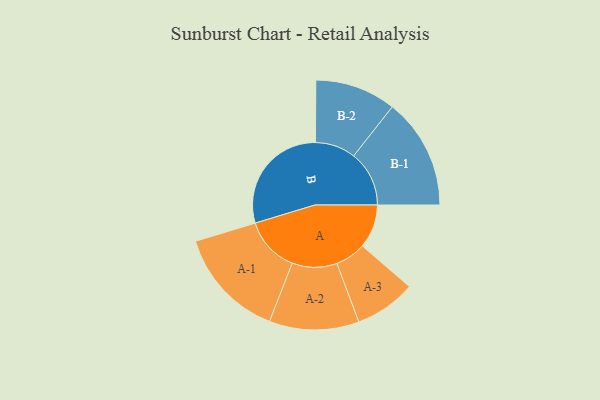
{"axis": {"x": "Segment", "y": "Value"}, "legend": ["", "A", "B"], "data": [{"x": "A", "y": 190, "type": ""}, {"x": "B", "y": 499, "type": ""}, {"x": "A-1", "y": 241, "type": "A"}, {"x": "A-2", "y": 195, "type": "A"}, {"x": "A-3", "y": 133, "type": "A"}, {"x": "B-1", "y": 241, "type": "B"}, {"x": "B-2", "y": 176, "type": "B"}]}